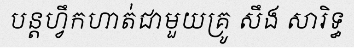
បន្តហ្វឹកហាត់ជាមួយគ្រូ សឹង សារិទ្ធ